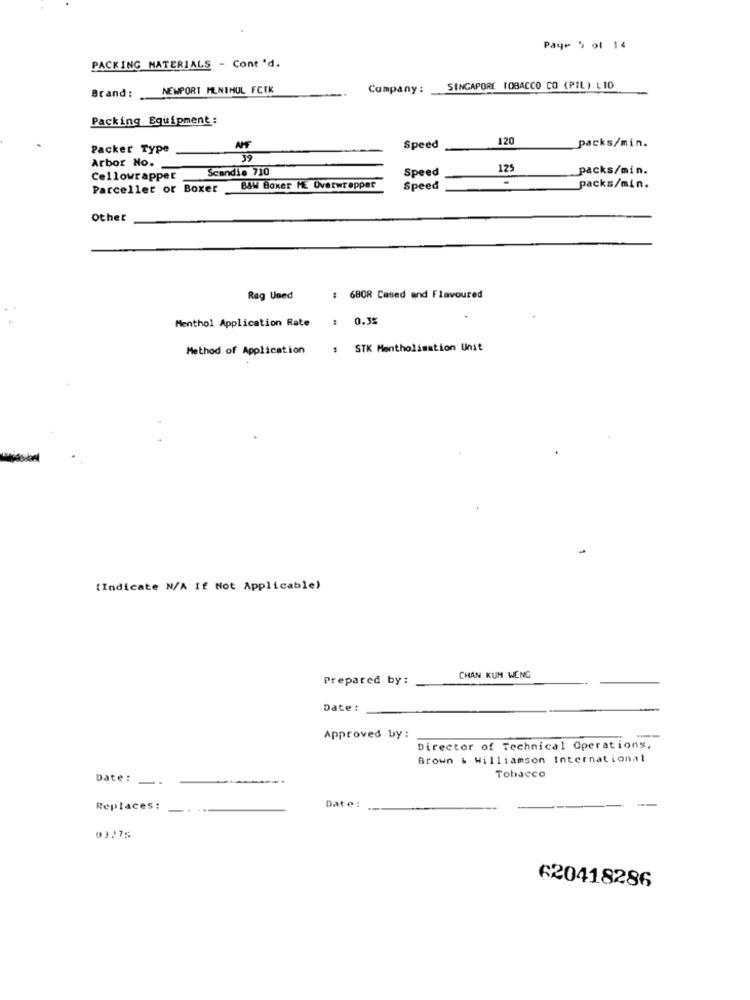
Page 5 of 14
PACKING MATERIALS - Cont 'd.
NEWPORT MLNTHUL FCTK
Company :
SINGAPORE TOBACCO CO (PIL) L10
Brand:
Packing Equipment:
120
Packer Type
AHF
Speed
packs/min.
Arbor No.
39
Scandia 710
Speed
125
packs/min.
Cellowrapper
.
Parceller or Boxer
BAW Boxer ME Overwrapper
Speed
packs/min.
Other
Rag Uned
68CR Cased and Flavoured
Menthol Application Rate
: 0.3%
Method of Application
1 STK Mentholimation Unit
(Indicate N/A If Not Applicable)
Prepared by:
CHAN KUN WENG
Date :
Approved by:
-
Director of Technical Operations,
Brown & Williamson International
Date :
Tobacco
Replaces:
Date :
03275
620418286